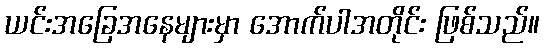
ယင်းအခြေအနေများမှာ အောက်ပါအတိုင်း ဖြစ်သည်။